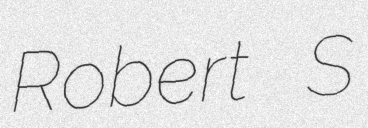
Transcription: Robert S